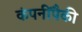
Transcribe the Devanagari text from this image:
कंपनींपैकी